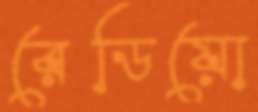
রেডিয়ো